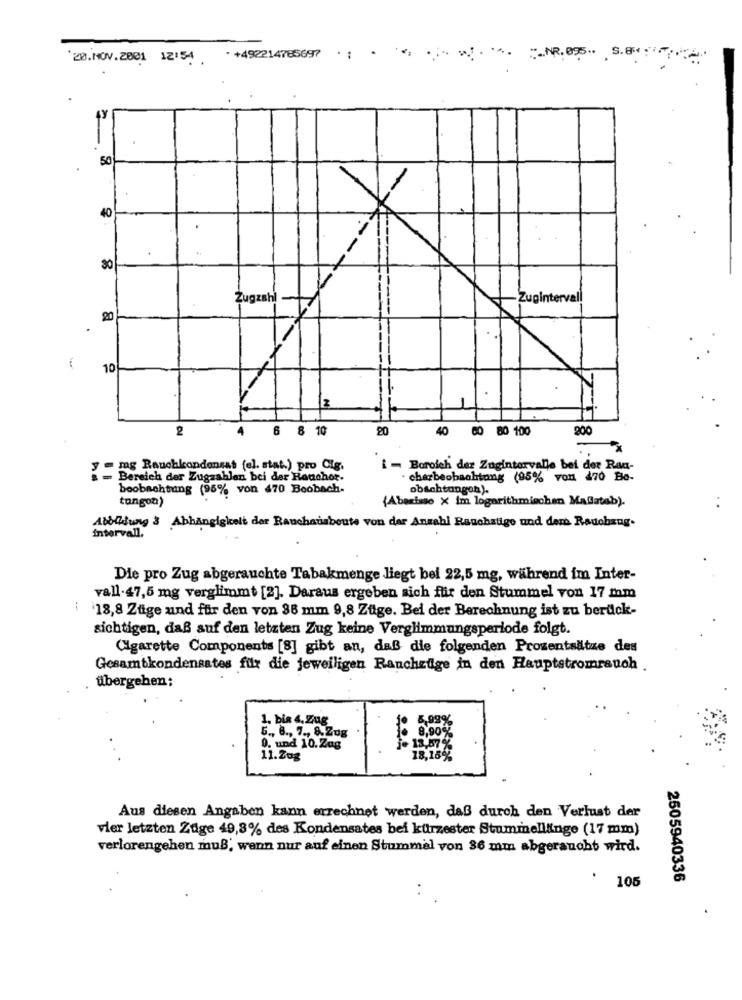
`20.NOV.2001 12:54.
. +492214785697
...
50
40
30
Żugzahl
Zug
vall
20
10
z
-- 1
2
4
6 8 10
20
40 60 80 100
200
- mg Rauchkondensat (el. stat.) pro Cig.
i - Boroich der Zugintervalle bei der Rau-
- Bereich der Zugzahlen bei der Ranchor.
charbeobachtung (95% von 470 Be-
beobachtung (95% von 470 Beobach.
obachtungon).
tangoa)
(Aberisso x im logarithmischen MaBatab).
..
Abblilung 3 Abhängigkeit der Rauchausbeute von der Anzahl Rauchstige und dem Radobang.
intervall.
Die pro Zug abgerauchte Tabakmenge liegt bel 22,5 mg, während im Inter-
vall-47,5 mg verglimmt [2]. Daraus ergeben sich für den Stummel von 17 mm
:
18,8 Züge und für den von 38 mm 9,8 Züge. Bei der Berechnung ist zu berück-
sichtigen, daß auf den letzten Zug keine Verglimmungsperiode folgt.
Cigarette Components [8] gibt an, daß die folgenden Prozentsätze des
Gesamtkondensates für die jeweiligen Ranchzdige in den Hauptstromrauch .
übergehen;
1. bin 4.Zug
5,99%
6 ., 8 ., 7 ., 8.Zog
8,90%
0. und 10.Zag
13,57 %
11.Zog
18,15%
Aus diesen Angaben kann errechnet werden, daß durch den Verlust der
vier letzten Züge 49,8% des Kondensates bei kürzester Stummellinge (17 mm)
verlorengehen muß, wenn nur auf einen Stummel von 36 mm abgeraucht wird.
105
2505940336